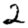
Digit: 2